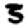
Digit: 3